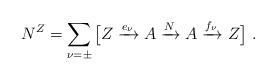
LaTeX: \begin{align*} N^Z = \sum_{\nu = \pm} \big[ Z \xrightarrow{e_\nu} A \xrightarrow{N} A \xrightarrow{f_\nu} Z \big] \ .\end{align*}